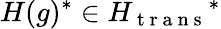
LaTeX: H(g)^{*}\in H_{\mathrm{~t~r~a~n~s~}}{}^{*}